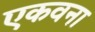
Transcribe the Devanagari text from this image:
एकवना